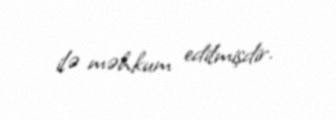
ilə məhkum edilmişdir.